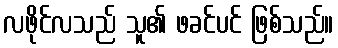
လဖိုင်လသည် သူ၏ ဖခင်ပင် ဖြစ်သည်။